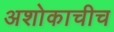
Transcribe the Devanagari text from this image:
अशोकाचीच